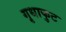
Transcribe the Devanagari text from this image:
गृधाकुट